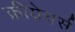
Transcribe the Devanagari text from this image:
क्रीयेचर्स